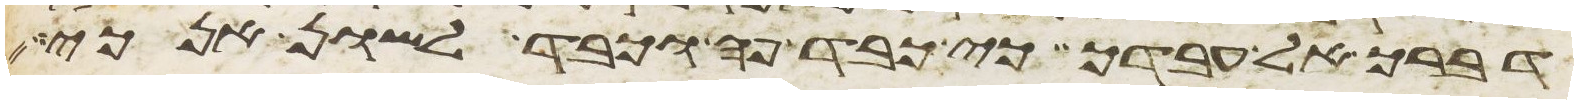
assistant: דברך אל עבדך כי כבד פה וכבד לשון אנכי